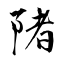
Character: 陼